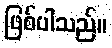
ဖြစ်ပါသည်။